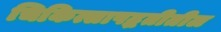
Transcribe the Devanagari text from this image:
चिकित्सापद्धतीतील